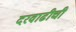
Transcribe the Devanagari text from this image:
दरवाढीची